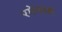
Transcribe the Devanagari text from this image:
रमेनासे